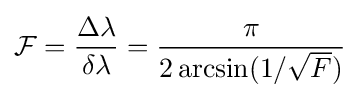
{\mathcal {F}}={\frac {\Delta \lambda }{\delta \lambda }}={\frac {\pi }{2\arcsin(1/{\sqrt {F}})}}